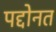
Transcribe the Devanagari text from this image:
पद्दोनत